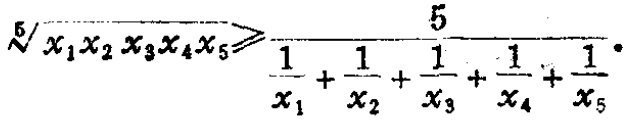
\[\sqrt[5]{x_{1}x_{2}x_{3}x_{4}x_{5}}\geqslant\frac{5}{\frac{1}{x_{1}}+\frac{1}{x_{2}}+\frac{1}{x_{3}}+\frac{1}{x_{4}}+\frac{1}{x_{5}}}\]